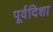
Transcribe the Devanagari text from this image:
पूर्वदिशा